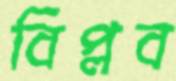
বিপ্লব